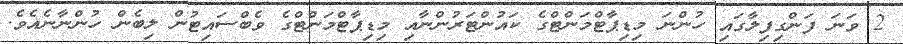
2 ވަނަ ފަންގިފިލާގައި ހުންނަ މިޑިޕާޓްމަންޓްގެ ކައުންޓަރުންނާއި މިޑިޕާޓްމަންޓްގެ ވެބްސައިޓުން ލިބެން ހުންނާނެއެވެ.